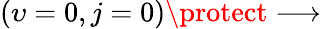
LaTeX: \left(\upsilon=0,j=0\right)\protect\longrightarrow